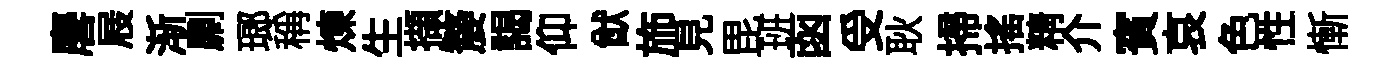
麐屐渐劘瑯稱煉生擷嫠謁仰猷斾見毘班函受耿掃揺精介賓哀色性慚